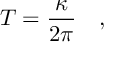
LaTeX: T = \frac { \kappa } { 2 \pi } \quad ,